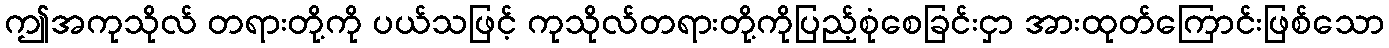
ဤအကုသိုလ် တရားတို့ကို ပယ်သဖြင့် ကုသိုလ်တရားတို့ကိုပြည့်စုံစေခြင်းငှာ အားထုတ်ကြောင်းဖြစ်သော